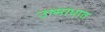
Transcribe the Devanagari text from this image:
उष्माधात